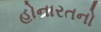
હોનારતનો